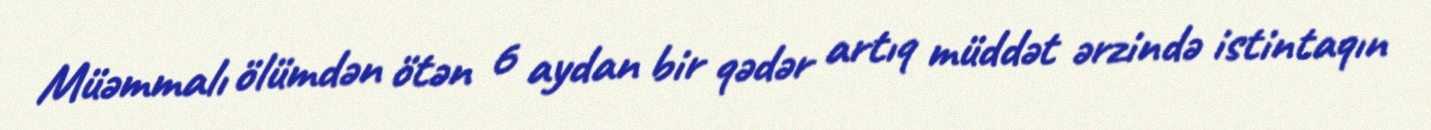
Müəmmalı ölümdən ötən 6 aydan bir qədər artıq müddət ərzində istintaqın